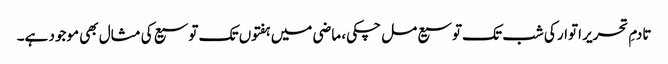
تادمِ تحریر اتوار کی شب تک توسیع مل چکی، ماضی میں ہفتوں تک توسیع کی مثال بھی موجود ہے۔